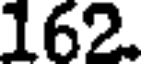
162.